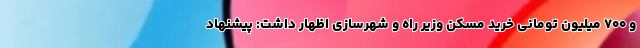
و ۷۰۰ میلیون تومانی خرید مسکن وزیر راه و شهرسازی اظهار داشت: پیشنهاد